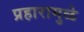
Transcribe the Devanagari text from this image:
प्रहारामुळे